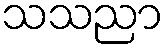
သသညာ